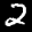
Label: 2